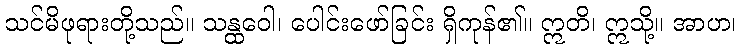
သင်မိဖုရားတို့သည်။ သန္ထဝေါ၊ ပေါင်းဖော်ခြင်း ရှိကုန်၏။ ဣတိ၊ ဣသို့။ အာဟ၊